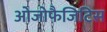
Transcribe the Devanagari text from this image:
ओजोफैजिटिस